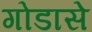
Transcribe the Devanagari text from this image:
गोडासे